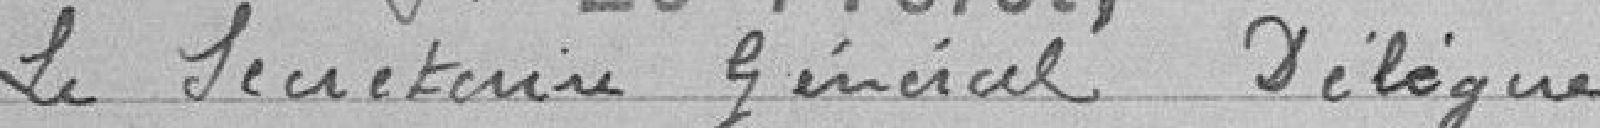
Le Secrétaire général délégué